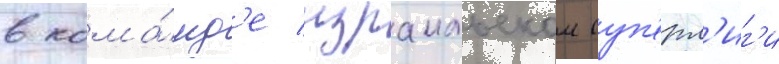
в кома́нд'е израильскои суп'ерл'иг'и